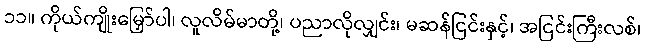
၁၁။ ကိုယ်ကျိုးမြှော်ပါ၊ လူလိမ်မာတို့၊ ပညာလိုလျှင်း၊ မဆန်ငြင်းနှင့်၊ အငြင်းကြီးလစ်၊